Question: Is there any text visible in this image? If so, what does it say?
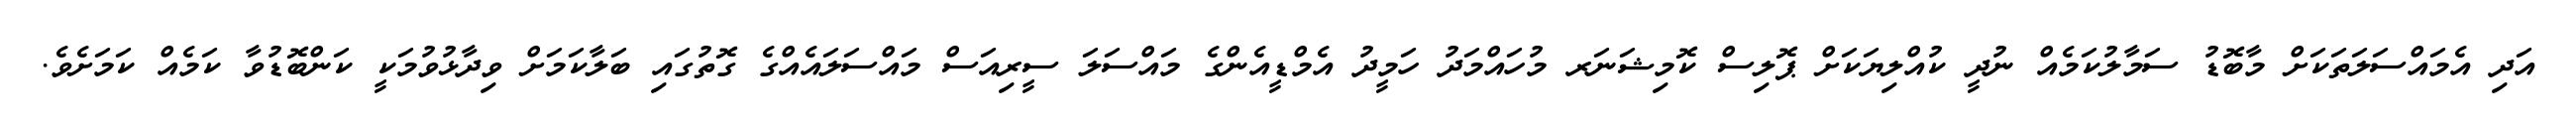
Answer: އަދި އެމައްސަލަތަކަށް މާބޮޑު ސަމާލުކަމެއް ނުދީ ކުއްލިޔަކަށް ޕޮލިސް ކޮމިޝަނަރ މުހައްމަދު ހަމީދު އެމްޑީއެންގެ މައްސަލަ ސީރިއަސް މައްސަލައެއްގެ ގޮތުގައި ބަލާކަމަށް ވިދާޅުވުމަކީ ކަންބޮޑުވާ ކަމެއް ކަމަށެވެ.